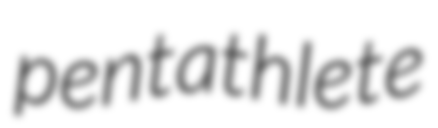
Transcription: pentathlete